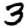
Digit: 3